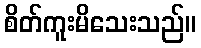
စိတ်ကူးမိသေးသည်။